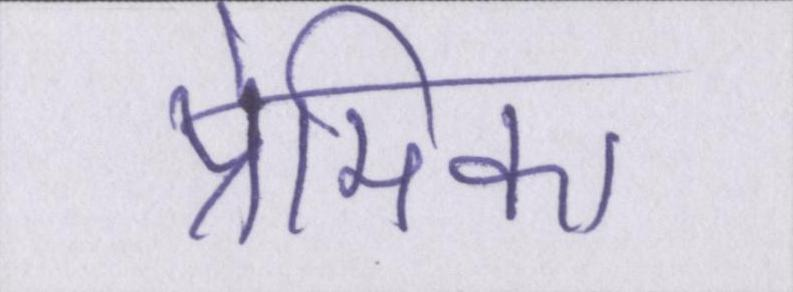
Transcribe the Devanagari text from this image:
प्रेमिका